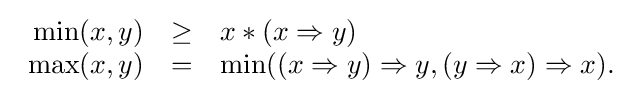
{\begin{array}{rcl}\min(x,y)&\geq &x*(x\Rightarrow y)\\\max(x,y)&=&\min((x\Rightarrow y)\Rightarrow y,(y\Rightarrow x)\Rightarrow x).\end{array}}